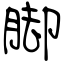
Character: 脚